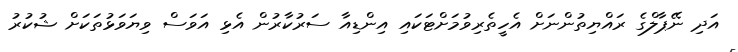
އަދި ނޭޕާލްގެ ރައްޔިތުންނަށް އެހީތެރިވުމަށްޓަކައި އިންޑިއާ ސަރުކާރުން އެޅި އަވަސް ވިޔަވަޅުތަކަށް ޝުކުރު